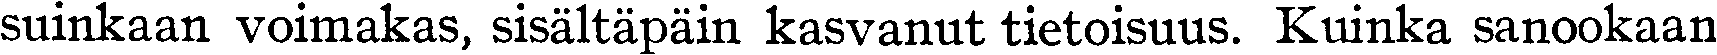
suinkaan voimakas, sisältäpäin kasvanut tietoisuus. Kuinka sanookaan